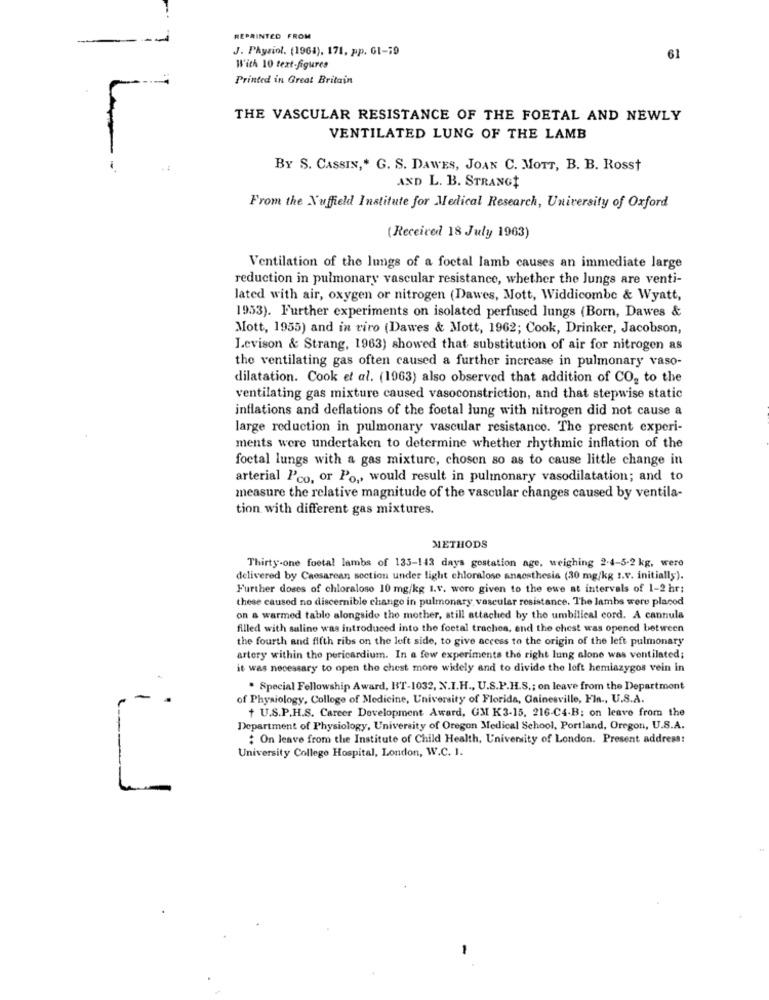
-
REPRINTED FROM
-
J. Physiol. (1961), 171, pp. 01-19
61
With 10 text-figures
Printed in Great Britain
THE VASCULAR RESISTANCE OF THE FOETAL AND NEWLY
VENTILATED LUNG OF THE LAMB
1
BY S. CASSIN ,* G. S. DAWES, JOAN C. MOTT, B. B. Rosst
AND L. B. STRANGE
From the Nuffield Institute for Medical Research, University of Oxford
(Received 18 July 1963)
Ventilation of the lungs of a foctal lamb causes an immediate large
reduction in pulmonary vascular resistance, whether the Jungs are venti-
lated with air, oxygen or nitrogen (Dawes, Mott, Widdicombe & Wyatt,
1953). F'urther experiments on isolated perfused lungs (Born, Dawes &
Mott, 1955) and in viro (Dawes & Mott, 1962; Cook, Drinker, Jacobson,
Levison & Strang, 1963) showed that substitution of air for nitrogen as
the ventilating gas often caused a further increase in pulmonary vaso-
dilatation. Cook et al. (1963) also observed that addition of CO, to the
ventilating gas mixture caused vasoconstriction, and that stepwise static
inflations and deflations of the foetal lung with nitrogen did not cause a
large reduction in pulmonary vascular resistance. The present experi-
ments were undertaken to determine whether rhythmic inflation of the
foctal lungs with a gas mixture, chosen so as to cause little change in
arterial l'co, or Po ,, would result in pulmonary vasodilatation; and to
measure the relative magnitude of the vascular changes caused by ventila-
tion with different gas mixtures.
METHODS
Thirty-one foota! lambs of 135-143 days gostation age, weighing 2-4-5-2 kg, were
delivered by Caesarean section under light chloralose anaesthesia (30 mg/kg I.v. initially).
Further doses of chloraloso 10 mg/kg I.v. woro given to the ewe at intervals of 1-2 hr:
these caused no discernible change in pulmonary vascular resistance. The lambs were placed
on a warmed tablo alongside the mother, still attached by the umbilical cord. A cannula
filled with saline was introduced into the foetal trachea, end the chest was opened between
the fourth and fifth ribs on the left side, to give access to the origin of the left pulmonary
artery within the pericardium. In a few experiments the right lung slono was ventilated;
it was necessary to open the chest more widely and to divide the loft hemiazygos vein in
* Special Fellowship Award, HT-1032, X.I.H ., U.S.P.H.S .; on leave from the Department
-
of Physiology, College of Medicine, University of Florida, Gainesville, Fla ., U.S.A.
+ U.S.P.H.S. Career Development Award, GM K3-15, 216-C4-B; on leave from the
Department of Physiology, University of Oregon Medical School, Portland, Oregon, U.S.A.
: On leave from the Institute of Child Health, University of London. Present address:
University College Hospital, London, W.C. I.